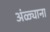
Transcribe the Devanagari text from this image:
अंळ्याना